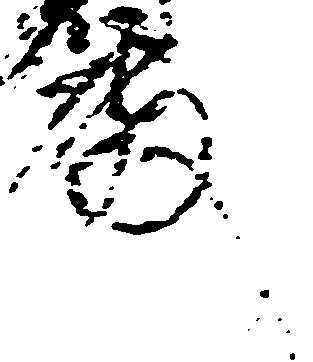
殿